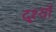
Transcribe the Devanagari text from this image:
दृ्श्यों